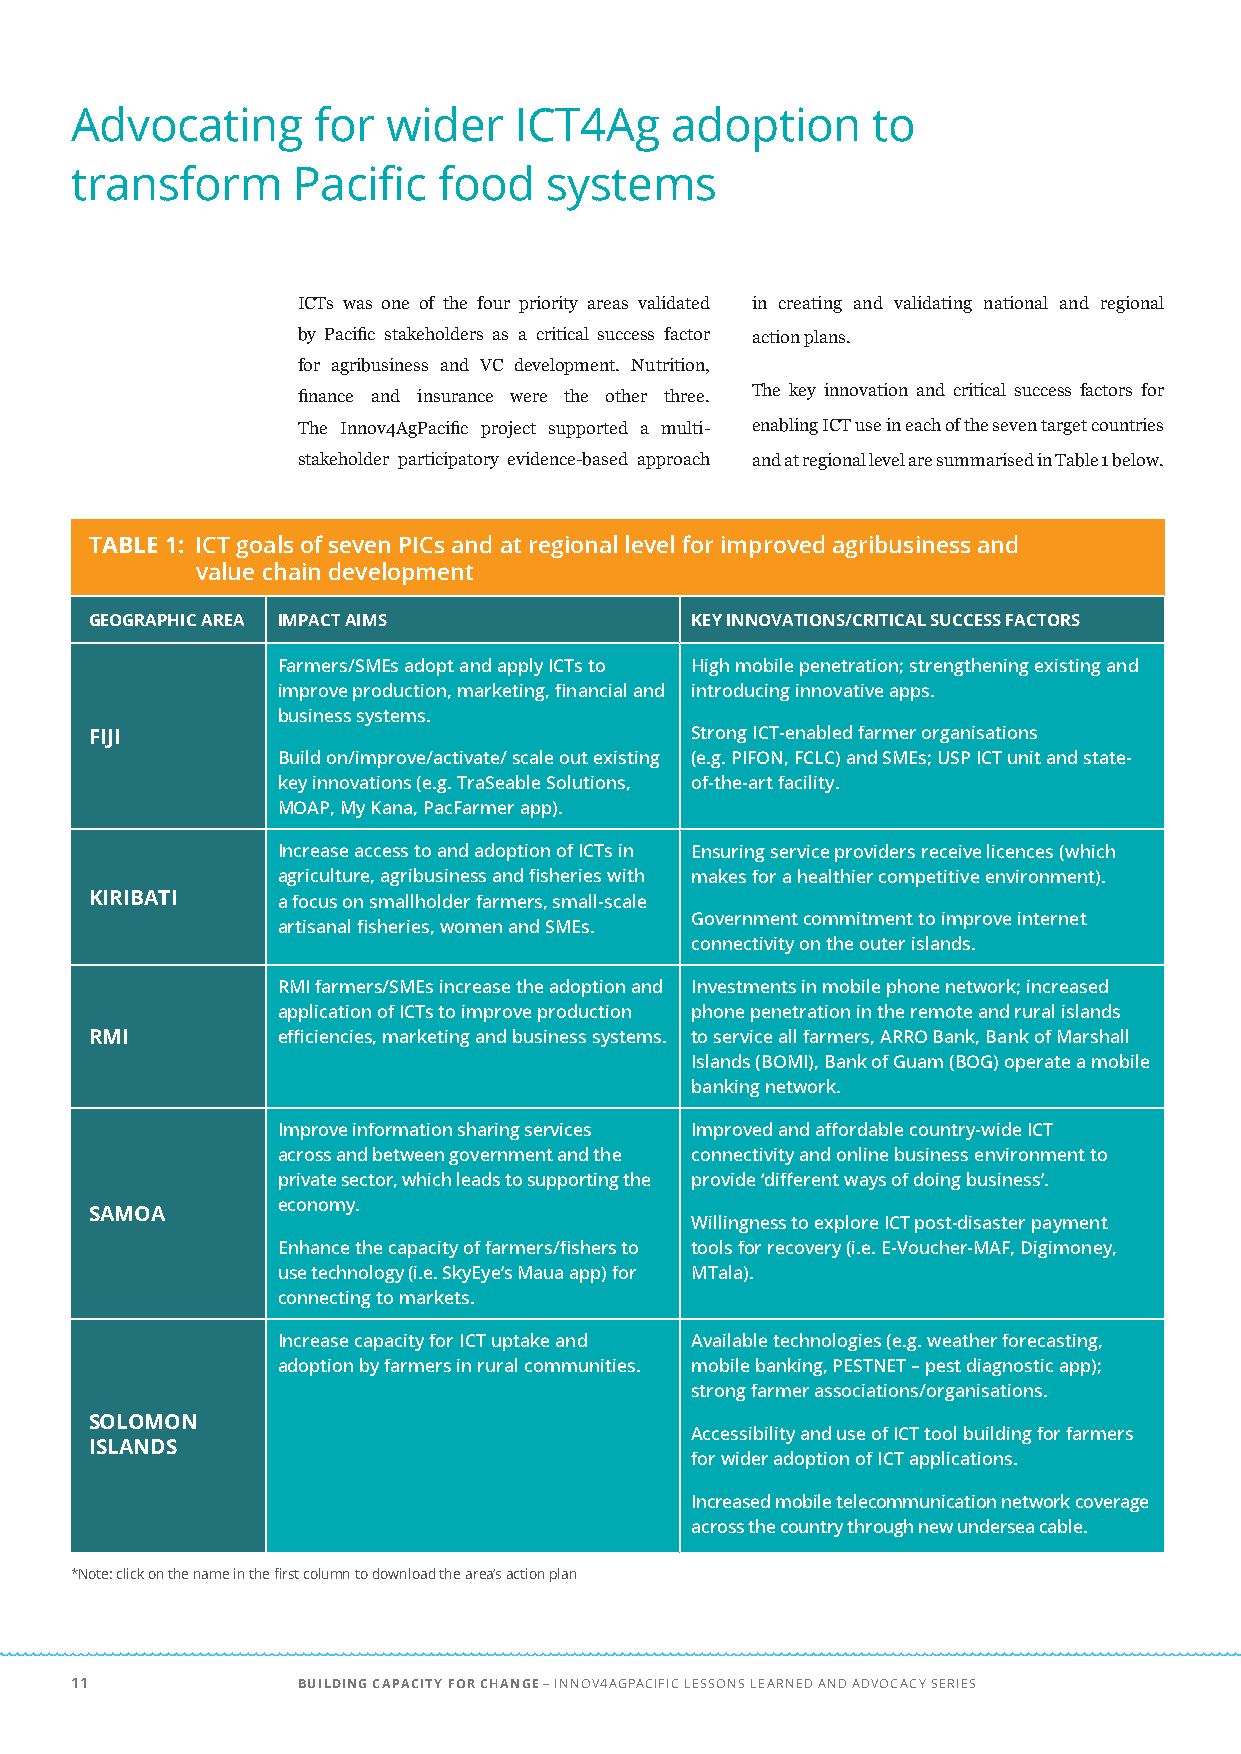
Advocating      for  wider   ICT4Ag    adoption      to
 transform     Pacific   food   systems
 ICTs was one of the four priority areas validated in creating and validating national and regional
 by Pacific stakeholders as a critical success factor action plans.
 for agribusiness and VC development. Nutrition,
 The key innovation and critical success factors for
 finance and insurance were the other three.
 The Innov4AgPacific project supported a multi- enabling ICT use in each of the seven target countries
 stakeholder participatory evidence-based approach and at regional level are summarised in Table 1 below.
 TABLE 1: ICT goals of seven PICs and at regional level for improved agribusiness and
 value chain development
 GEOGRAPHIC AREA IMPACT AIMS             KEY INNOVATIONS/CRITICAL SUCCESS FACTORS
 Farmers/SMEs adopt and apply ICTs to High mobile penetration; strengthening existing and
 improve production, marketing, financial and introducing innovative apps.
 business systems.
 FIJI                                    Strong ICT-enabled farmer organisations
 Build on/improve/activate/ scale out existing (e.g. PIFON, FCLC) and SMEs; USP ICT unit and state-
 key innovations (e.g. TraSeable Solutions, of-the-art facility.
 MOAP, My Kana, PacFarmer app).
 Increase access to and adoption of ICTs in Ensuring service providers receive licences (which
 agriculture, agribusiness and fisheries with makes for a healthier competitive environment).
 KIRIBATI    a focus on smallholder farmers, small-scale
 Government commitment to improve internet
 artisanal fisheries, women and SMEs.
 connectivity on the outer islands.
 RMI farmers/SMEs increase the adoption and Investments in mobile phone network; increased
 application of ICTs to improve production phone penetration in the remote and rural islands
 RMI         efficiencies, marketing and business systems. to service all farmers, ARRO Bank, Bank of Marshall
 Islands (BOMI), Bank of Guam (BOG) operate a mobile
 banking network.
 Improve information sharing services Improved and affordable country-wide ICT
 across and between government and the connectivity and online business environment to
 private sector, which leads to supporting the provide ‘different ways of doing business’.
 economy.
 SAMOA
 Willingness to explore ICT post-disaster payment
 Enhance the capacity of farmers/fishers to tools for recovery (i.e. E-Voucher-MAF, Digimoney,
 use technology (i.e. SkyEye’s Maua app) for MTala).
 connecting to markets.
 Increase capacity for ICT uptake and Available technologies (e.g. weather forecasting,
 adoption by farmers in rural communities. mobile banking, PESTNET – pest diagnostic app);
 strong farmer associations/organisations.
 SOLOMON
 Accessibility and use of ICT tool building for farmers
 ISLANDS
 for wider adoption of ICT applications.
 Increased mobile telecommunication network coverage
 across the country through new undersea cable.
 *Note: click on the name in the first column to download the area’s action plan
 11             BUILDING CAPACITY FOR CHANGE – INNOV4AGPACIFIC LESSONS LEARNED AND ADVOCACY SERIES